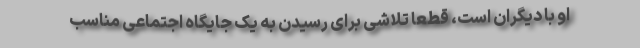
او با دیگران است، قطعا تلاشی برای رسیدن به یک جایگاه اجتماعی مناسب